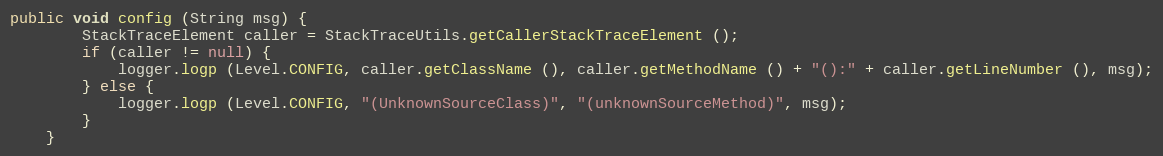
Language: Java
public void config (String msg) {
		StackTraceElement caller = StackTraceUtils.getCallerStackTraceElement ();
		if (caller != null) {
			logger.logp (Level.CONFIG, caller.getClassName (), caller.getMethodName () + "():" + caller.getLineNumber (), msg);
		} else {
			logger.logp (Level.CONFIG, "(UnknownSourceClass)", "(unknownSourceMethod)", msg);
		}
	}